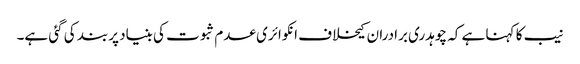
نیب کا کہنا ہے کہ چوہدری برادران کیخلاف انکوائری عدم ثبوت کی بنیاد پربند کی گئی ہے۔